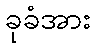
ခုခံအား